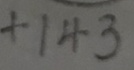
+ 1 4 3